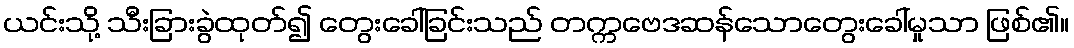
ယင်းသို့ သီးခြားခွဲထုတ်၍ တွေးခေါ်ခြင်းသည် တက္ကဗေဒဆန်သောတွေးခေါ်မှုသာ ဖြစ်၏။